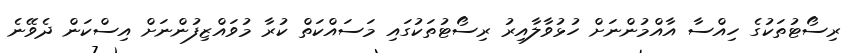
ރިސޯޓުތަކުގެ ހިއްސާ އާއްމުންނަށް ހުޅުވާލާއިރު ރިސޯޓުތަކުގައި މަސައްކަތް ކުރާ މުވައްޒިފުންނަށް އިސްކަން ދެވޭނެ